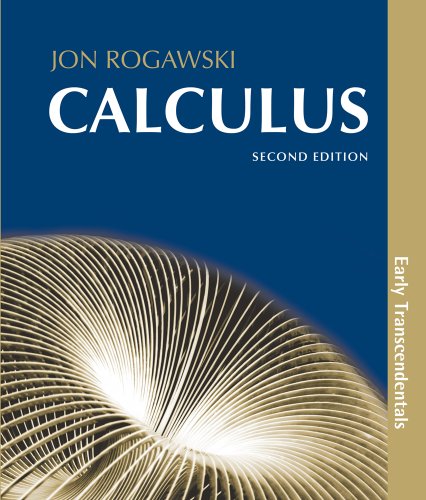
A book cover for Calculus: Early Transcendentals; Jon Rogawski; Science & Math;